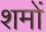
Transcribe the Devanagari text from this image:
शमों